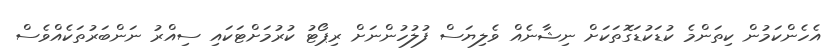
އެހެންކަމުން ކިތަންމެ ކުޑަކުޑަގޮތަކަށް ނިޝާނެއް ވެލިޔަސް ފުލުހުންނަށް ރިޕޯޓު ކުރުމަށްޓަކައި ސިއްރު ނަންބަރުތަކެއްވެސް